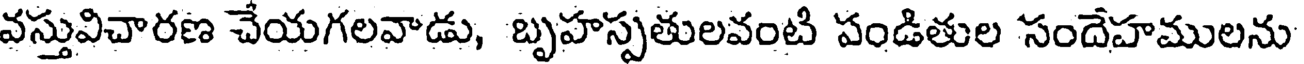
వస్తువిచారణ చేయగలవాడు, బృహస్పతులవంటి పండితుల సందేహములను